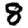
Digit: 8